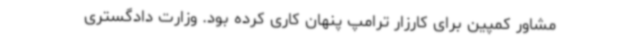
مشاور کمپین برای کارزار ترامپ پنهان کاری کرده بود. وزارت دادگستری